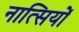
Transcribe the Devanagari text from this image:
नात्सियों